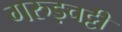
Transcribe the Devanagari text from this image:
गरुड़चट्टी